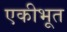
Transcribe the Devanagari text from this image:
एकीभूत